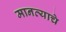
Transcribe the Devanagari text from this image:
मानव्याचे